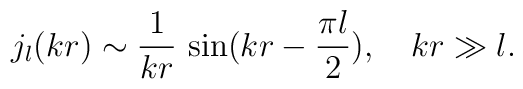
j_l(kr)\sim\frac{1}{kr}\,\sin(kr-\frac{\pi l}{2}),\quad kr\gg l.